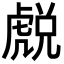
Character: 𧇓